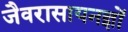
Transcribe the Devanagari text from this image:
जैवरासायनज्ञों